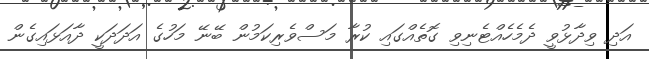
އަދި ވިދާޅުވީ ދެމެހެއްޓެނިވި ގޮތެއްގައި ކުރާ މަސްވެރިކަމުން ބޭނޭ މަހުގެ އަދަދަކީ ދާއަޅައިގެން